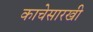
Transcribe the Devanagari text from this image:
काचेसारखी